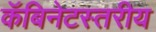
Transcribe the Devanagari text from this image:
कॅबिनेटस्तरीय